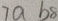
7 a b 8